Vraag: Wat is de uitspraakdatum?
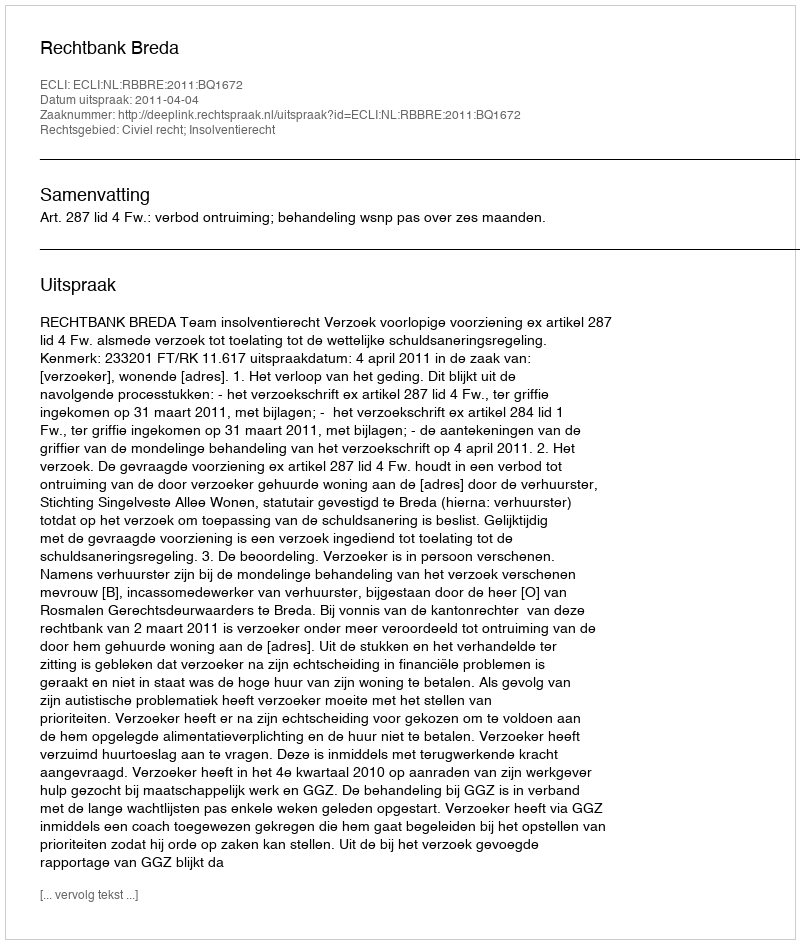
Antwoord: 2011-04-04